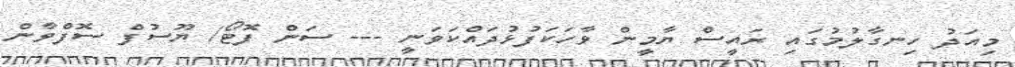
މިއަދު ހިނގާލުމުގައި ރައީސް ޔާމީން ވާހަކަފުޅުދައްކަވަނީ --- ސަން ފޮޓޯ/ ޔޫސުފް ސޮފްވާން